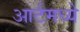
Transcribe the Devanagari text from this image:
आर्टमध्‍ये